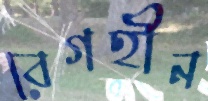
বেগহীন